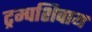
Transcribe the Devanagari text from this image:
ट्रम्पशिवाय